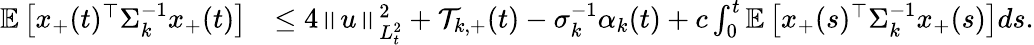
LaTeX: \begin{array}{rl}{\mathbb E\left[x_{+}(t)^{\top}\Sigma_{k}^{-1}x_{+}(t)\right]}&{\leq 4\left\| u\right\| _{L_{t}^{2}}^{2}+\mathcal T_{k,+}(t)-\sigma_{k}^{-1}\alpha_{k}(t)+c\int_{0}^{t}\mathbb E\left[x_{+}(s)^{\top}\Sigma_{k}^{-1}x_{+}(s)\right]ds.}\end{array}